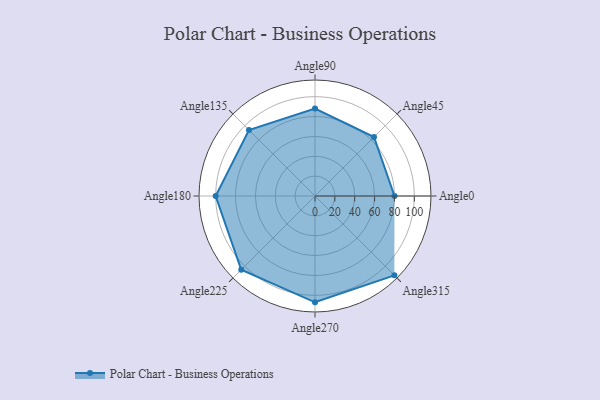
{"axis": {"x": "Angle", "y": "Radius"}, "legend": [""], "data": [{"x": "Angle0", "y": 80.0, "type": ""}, {"x": "Angle45", "y": 84.0, "type": ""}, {"x": "Angle90", "y": 88.0, "type": ""}, {"x": "Angle135", "y": 94.0, "type": ""}, {"x": "Angle180", "y": 100.0, "type": ""}, {"x": "Angle225", "y": 105.0, "type": ""}, {"x": "Angle270", "y": 107.0, "type": ""}, {"x": "Angle315", "y": 113.0, "type": ""}]}